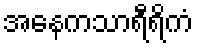
အနေကသာရီရိကံ